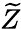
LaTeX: \widetilde{Z}